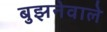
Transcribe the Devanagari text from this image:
बुझनेवाले